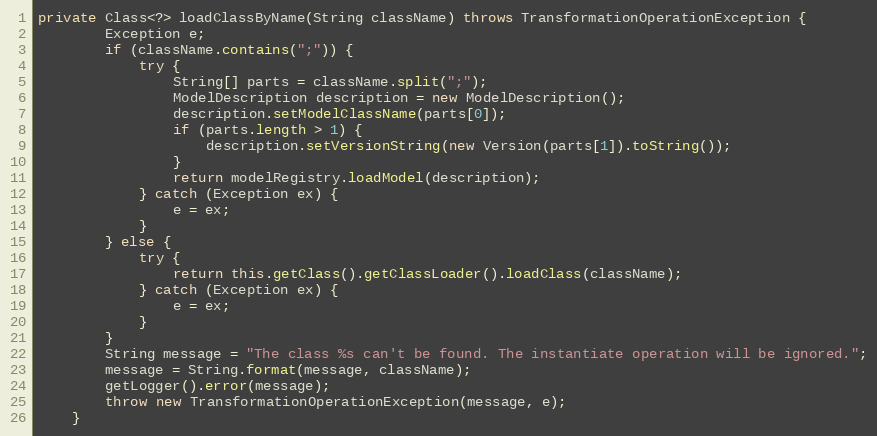
Language: Java
private Class<?> loadClassByName(String className) throws TransformationOperationException {
        Exception e;
        if (className.contains(";")) {
            try {
                String[] parts = className.split(";");
                ModelDescription description = new ModelDescription();
                description.setModelClassName(parts[0]);
                if (parts.length > 1) {
                    description.setVersionString(new Version(parts[1]).toString());
                }
                return modelRegistry.loadModel(description);
            } catch (Exception ex) {
                e = ex;
            }
        } else {
            try {
                return this.getClass().getClassLoader().loadClass(className);
            } catch (Exception ex) {
                e = ex;
            }
        }
        String message = "The class %s can't be found. The instantiate operation will be ignored.";
        message = String.format(message, className);
        getLogger().error(message);
        throw new TransformationOperationException(message, e);
    }